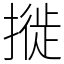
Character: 𢳜